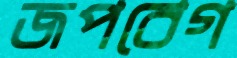
জপবেগ